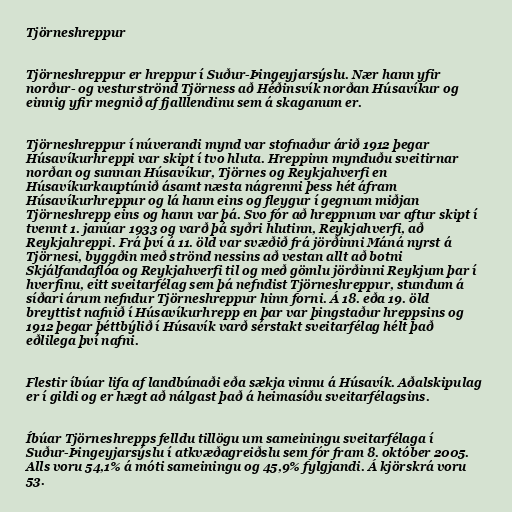
Tjörneshreppur

Tjörneshreppur er hreppur í Suður-Þingeyjarsýslu. Nær hann yfir
norður- og vesturströnd Tjörness að Héðinsvík norðan Húsavíkur og
einnig yfir megnið af fjalllendinu sem á skaganum er.

Tjörneshreppur í núverandi mynd var stofnaður árið 1912 þegar
Húsavíkurhreppi var skipt í tvo hluta. Hreppinn mynduðu sveitirnar
norðan og sunnan Húsavíkur, Tjörnes og Reykjahverfi en
Húsavíkurkauptúnið ásamt næsta nágrenni þess hét áfram
Húsavíkurhreppur og lá hann eins og fleygur í gegnum miðjan
Tjörneshrepp eins og hann var þá. Svo fór að hreppnum var aftur skipt í
tvennt 1. janúar 1933 og varð þá syðri hlutinn, Reykjahverfi, að
Reykjahreppi. Frá því á 11. öld var svæðið frá jörðinni Máná nyrst á
Tjörnesi, byggðin með strönd nessins að vestan allt að botni
Skjálfandaflóa og Reykjahverfi til og með gömlu jörðinni Reykjum þar í
hverfinu, eitt sveitarfélag sem þá nefndist Tjörneshreppur, stundum á
síðari árum nefndur Tjörneshreppur hinn forni. Á 18. eða 19. öld
breyttist nafnið í Húsavíkurhrepp en þar var þingstaður hreppsins og
1912 þegar þéttbýlið í Húsavík varð sérstakt sveitarfélag hélt það
eðlilega því nafni.

Flestir íbúar lifa af landbúnaði eða sækja vinnu á Húsavík. Aðalskipulag
er í gildi og er hægt að nálgast það á heimasíðu sveitarfélagsins.

Íbúar Tjörneshrepps felldu tillögu um sameiningu sveitarfélaga í
Suður-Þingeyjarsýslu í atkvæðagreiðslu sem fór fram 8. október 2005.
Alls voru 54,1% á móti sameiningu og 45,9% fylgjandi. Á kjörskrá voru
53.